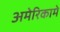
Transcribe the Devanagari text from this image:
अमेरिकामे